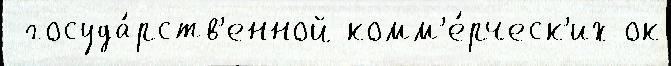
 госуда́рств'енной комм'е́рческ'их ок